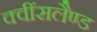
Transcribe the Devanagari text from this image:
क्वींसलैण्ड